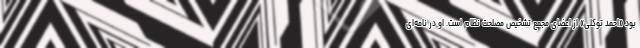
بود «احمد توکلی» از اعضای مجمع تشخیص مصلحت نظام است. او در نامه‌ای